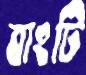
বাংটি